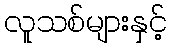
လူသစ်များနှင့်